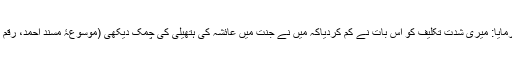
آپ نے فرمایا: میری شدت تکلیف کو اس بات نے کم کردیاکہ میں نے جنت میں عائشہ کی ہتھیلی کی چمک دیکھی (موسوعۂ مسند احمد، رقم ۲۵۰۷۶)۔